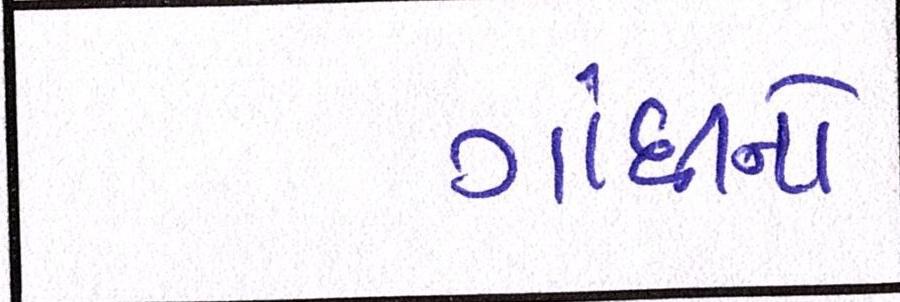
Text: ગાંધીનો